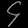
Digit: ၄